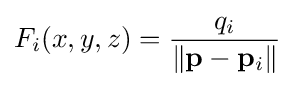
F_{i}(x,y,z)={\frac {q_{i}}{\|\mathbf {p} -\mathbf {p} _{i}\|}}